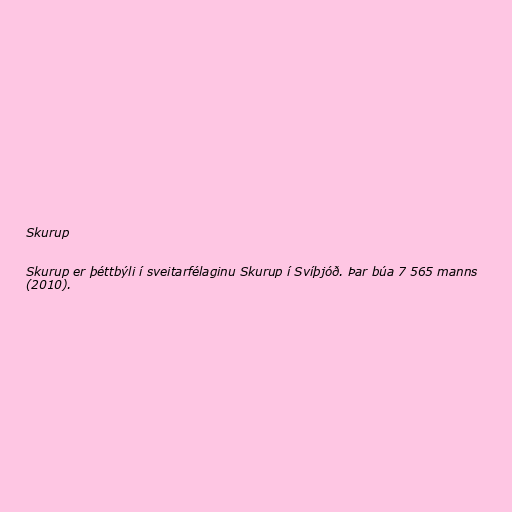
Skurup

Skurup er þéttbýli í sveitarfélaginu Skurup í Svíþjóð. Þar búa 7 565 manns
(2010).